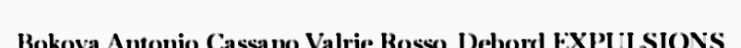
Bokova Antonio Cassano Valrie Rosso-Debord EXPULSIONS